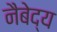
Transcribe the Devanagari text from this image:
नैबेद्य